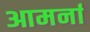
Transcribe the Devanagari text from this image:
आमर्ना